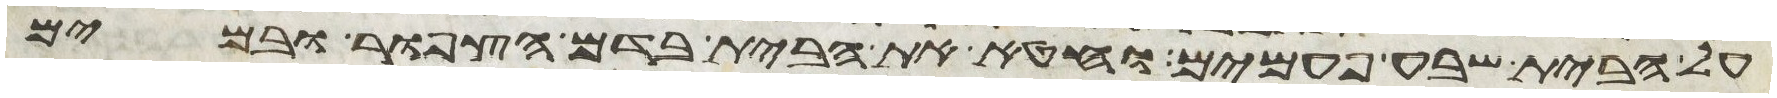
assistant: על הבית שבע פעמים וחטא את הבית בדם הצפור ובמים